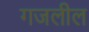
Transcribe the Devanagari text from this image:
गजलील